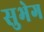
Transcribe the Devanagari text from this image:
सुभेग